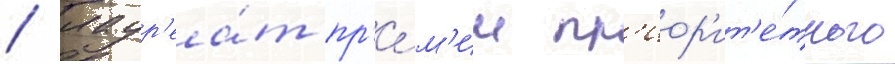
/ лаур'еа́т пр'е́м'ии пр'иор'ит'е́тного